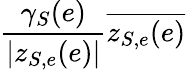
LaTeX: \frac{\gamma_{S}(e)}{|z_{S,e}(e)|}\overline{{z_{S,e}(e)}}